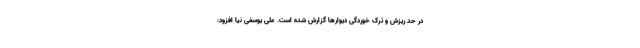
در حد ریزش و ترک خوردگی دیوارها گزارش شده است. علی یوسفی نیا افزود: